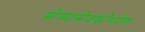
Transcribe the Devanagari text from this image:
सेव्यसेवकोपदेश